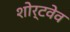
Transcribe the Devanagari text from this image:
शोर्टवेव